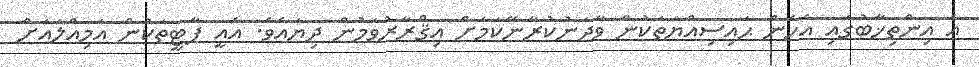
އެ އިންތިޚާބުގައި އެހެން ޙައިސިއްޔަތަކުން ވާދަނުކުރާނޭކަމަށް އިޤްރާރުވަމުން ދިޔައެވެ. އެއީ ޕާޓީތަކުން އަމިއްލައަށް